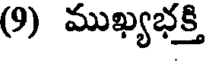
(9) ముఖ్యభక్తి